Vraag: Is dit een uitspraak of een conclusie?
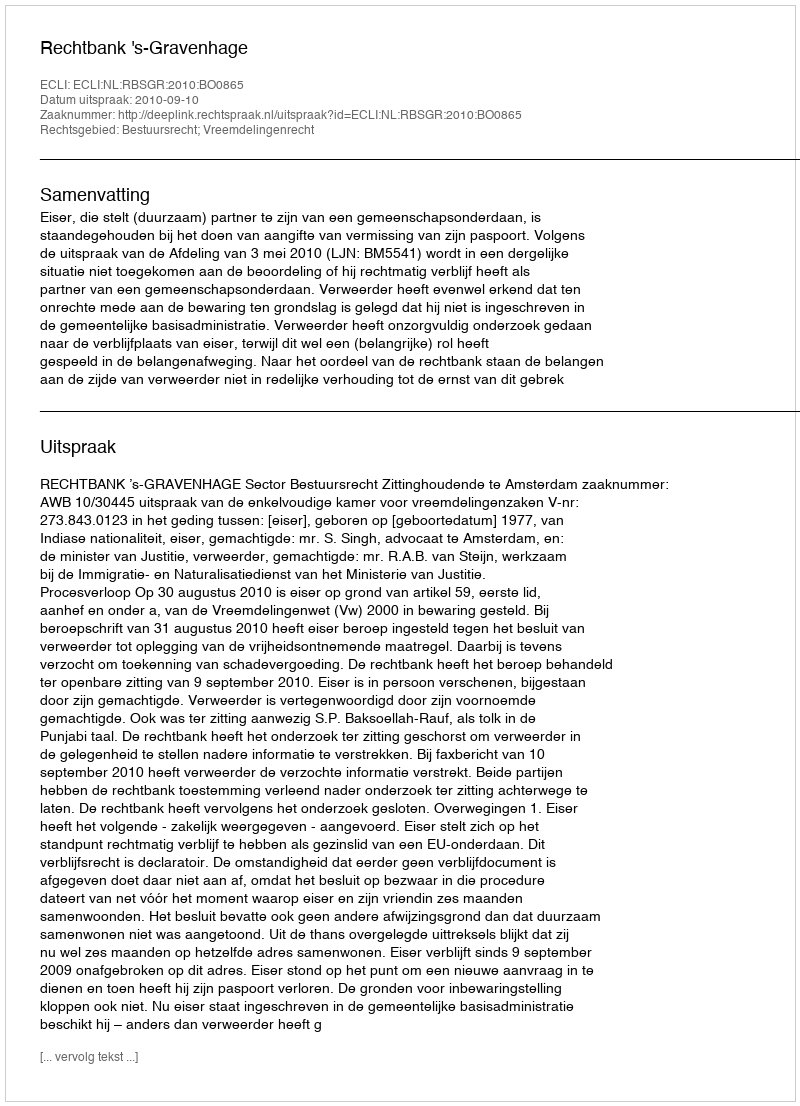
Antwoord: Uitspraak